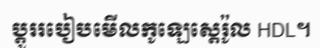
ប្តូររបៀបមើលកូឡេស្តេរ៉ូល HDL។